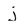
Character: j